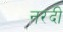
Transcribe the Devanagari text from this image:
नरदी